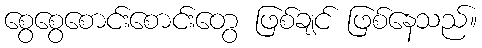
စွေစွေစောင်းစောင်းတွေ ဖြစ်ချင် ဖြစ်နေသည်။